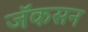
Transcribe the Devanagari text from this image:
जॅकसन